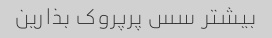
بیشتر سس پرپروک بذارین